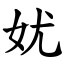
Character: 㚭